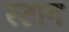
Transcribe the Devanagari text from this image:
स्टाग